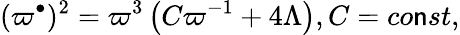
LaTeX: (\varpi^{\bullet})^{2}=\varpi^{3}\left(C\varpi^{-1}+4\Lambda\right),C=co\mathsf{n}st,